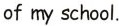
of my school.